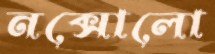
নক্সোলো